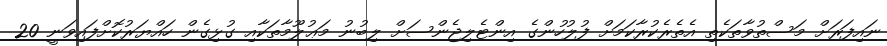
ނައިފަރަށް މަސްތުވާތަކެތި އެތެރެކުރާކަމަށް ފުލުހުންގެ އިންޓެލިޖެންސަށް ލިބުނު މަޢުލޫމާތަކާއި ގުޅިގެން ހައްޔަރުކޮށްފައިވަނީ 20